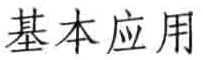
基本应用